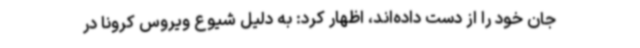
جان خود را از دست داده‌اند، اظهار کرد: به دلیل شیوع ویروس کرونا در